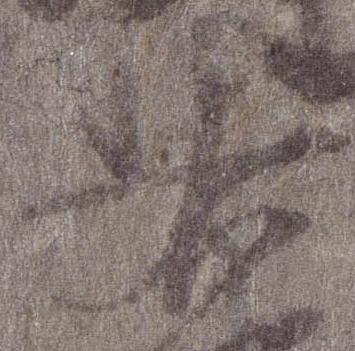
右